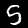
Label: 5